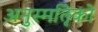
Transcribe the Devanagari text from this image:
अनुस्मतिृको